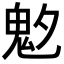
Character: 𩲁